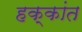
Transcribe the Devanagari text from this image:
हक्कांत